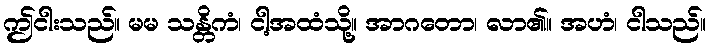
ဤငါးသည်။ မမ သန္တိကံ၊ ငါ့အထံသို့။ အာဂတော၊ လာ၏။ အဟံ၊ ငါသည်။